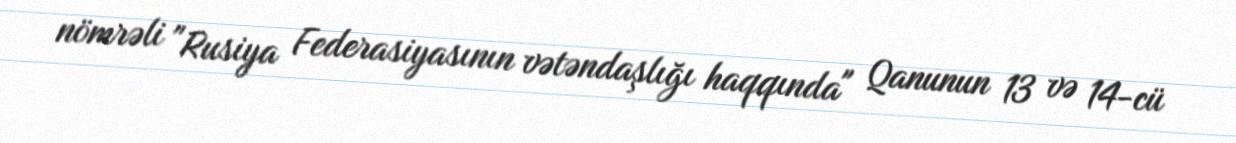
nömrəli "Rusiya Federasiyasının vətəndaşlığı haqqında" Qanunun 13 və 14-cü